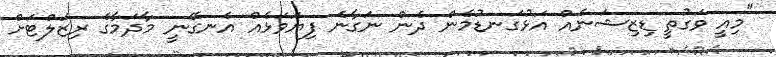
"މިއީ ވަގުތީ ޑިޒިޝަނެއް އަޅުގަނޑުމެން ދެން ނަގާނެ ފިޔަވަޅެއް އެނގޭނީ މާދަމާގެ ރިޒަލްޓަށް